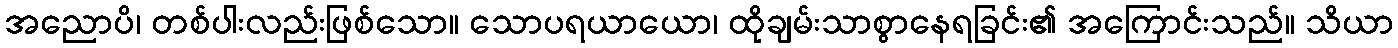
အညောပိ၊ တစ်ပါးလည်းဖြစ်သော။ သောပရယာယော၊ ထိုချမ်းသာစွာနေရခြင်း၏ အကြောင်းသည်။ သိယာ